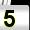
Digit: 5